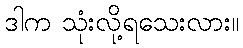
ဒါက သုံးလို့ရသေးလား။